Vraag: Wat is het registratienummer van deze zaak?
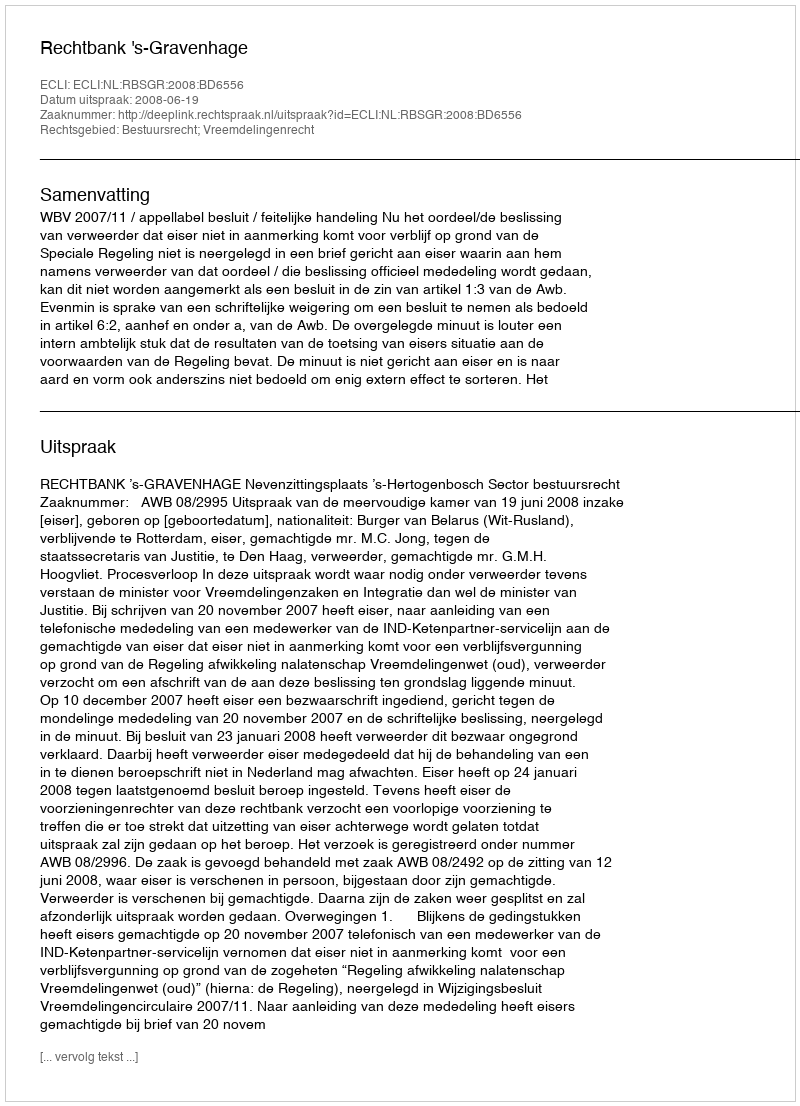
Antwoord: http://deeplink.rechtspraak.nl/uitspraak?id=ECLI:NL:RBSGR:2008:BD6556